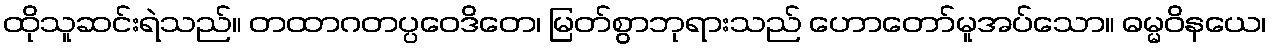
ထိုသူဆင်းရဲသည်။ တထာဂတပ္ပဝေဒိတေ၊ မြတ်စွာဘုရားသည် ဟောတော်မူအပ်သော။ ဓမ္မဝိနယေ၊